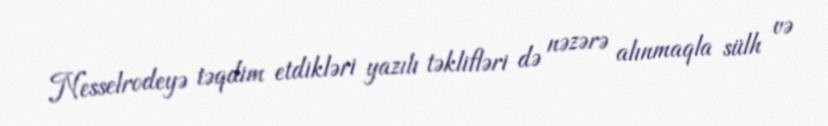
Nesselrodeyə təqdim etdikləri yazılı təklifləri də nəzərə alınmaqla sülh və